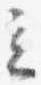
立